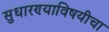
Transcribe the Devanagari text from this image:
सुधारण्याविषयीचा